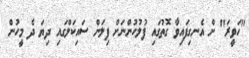
"ހަވީރަ" ށް އެނގިފައިވާ ގޮތުގައި ފުލުހުންނަށް ފިލަން ސައިކަލްގައި ދިޔަ ދެ މީހުން